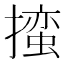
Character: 𪮳